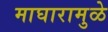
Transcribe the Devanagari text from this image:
माघारामुळे